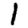
Digit: 1